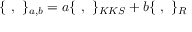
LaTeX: \{ \, \, , \, \, \} _ { a , b } = a \{ \, \, , \, \, \} _ { K K S } + b \{ \, \, , \, \, \} _ { R }